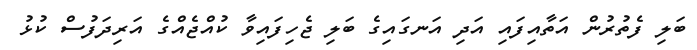
ބަލި ފެތުރުން އަތާއިފައި އަދި އަނގައިގެ ބަލި ޖެހިފައިވާ ކުއްޖެއްގެ އަރިދަފުސް ކުޅު